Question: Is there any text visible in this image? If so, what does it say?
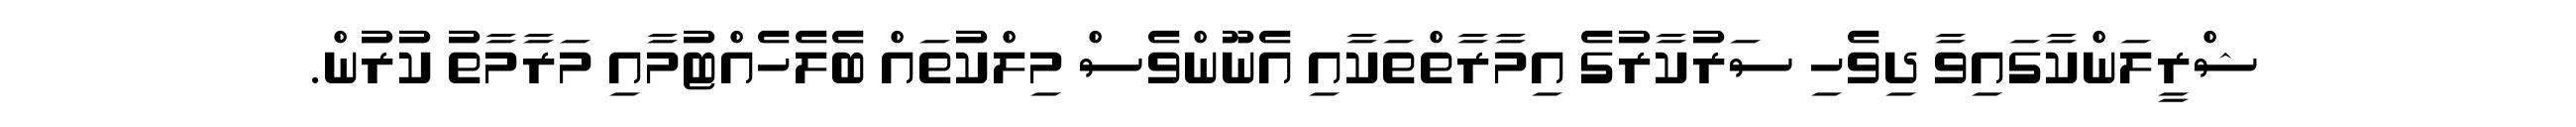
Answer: ޝްރީލަންކާގައިވާ ދިވެހި ސަރުކާރުގެ އިމާރާތްތަކާއި އެނޫންވެސް މިލްކުތައް ބެލެހެއްޓުމާއި މަރާމާތު ކުރުން.